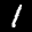
Label: 1